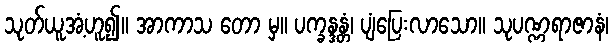
သုတ်ယူအံ့ဟူ၍။ အာကာသ တော မှ။ ပက္ခန္ဒန္တံ၊ ပျံပြေးလာသော။ သုပဏ္ဏရာဇာနံ၊